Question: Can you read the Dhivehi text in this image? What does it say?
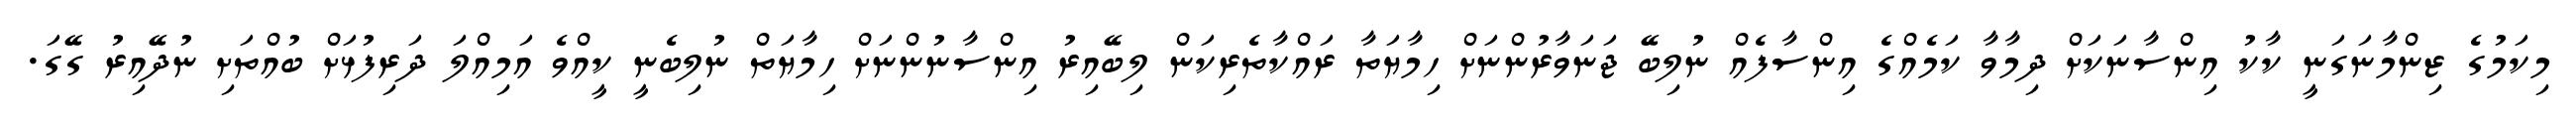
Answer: މިކަމުގެ ޒިންމާނަގަނީ ކާކު އިންސާނަކަށް ދިމާވާ ކަމެއްގެ އިންސާފެއް ނުލިބޭ ޖަނަވާރުންނަށް ހިމާޔަތާ ރައްކާތެރިކަން ލިބޭއިރު އިންސާނުންނަށް ހިމާޔަތް ނުލިބެނީ ކީއްވެ އަމިއްލަ ދަރިފުޅަށް ބުއްތަށި ނުދޭއިރު ގޭގަ.